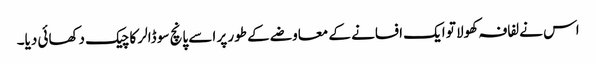
اس نے لفافہ کھولا تو ایک افسانے کے معاوضے کے طور پر اسے پانچ سو ڈالر کا چیک دکھائی دیا۔